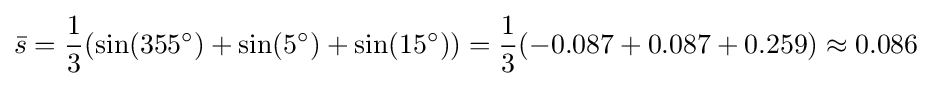
{\bar {s}}={\frac {1}{3}}(\sin(355^{\circ })+\sin(5^{\circ })+\sin(15^{\circ }))={\frac {1}{3}}(-0.087+0.087+0.259)\approx 0.086